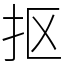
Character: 抠